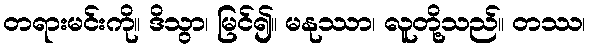
တရားမင်းကို။ ဒိသွာ၊ မြင်၍။ မနုဿာ၊ လူတို့သည်။ တဿ၊